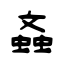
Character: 螡